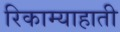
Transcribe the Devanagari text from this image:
रिकाम्याहाती